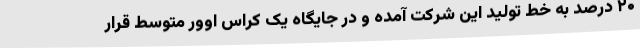
۲۰ درصد به خط تولید این شرکت آمده و در جایگاه یک کراس اوور متوسط قرار